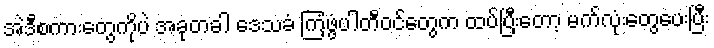
အဲဒီစကားတွေကိုပဲ အခုတခါ ဒေသခံ ကြံ့ဖွံ့ပါတီဝင်တွေက ထပ်ပြီးတော့ မက်လုံးတွေပေးပြီး